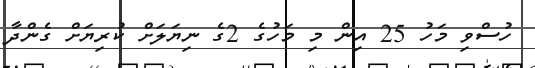
ހުސްވި މަހު 25 އިން މި މަހުގެ 2ގެ ނިޔަލަށް ކުރިޔަށް ގެންދާ